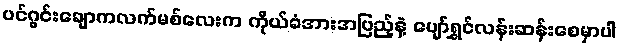
ပင်ဂွင်းချောကလက်မစ်လေးက ကိုယ်ခံအားအပြည့်နဲ့ ပျော်ရွှင်လန်းဆန်းစေမှာပါ